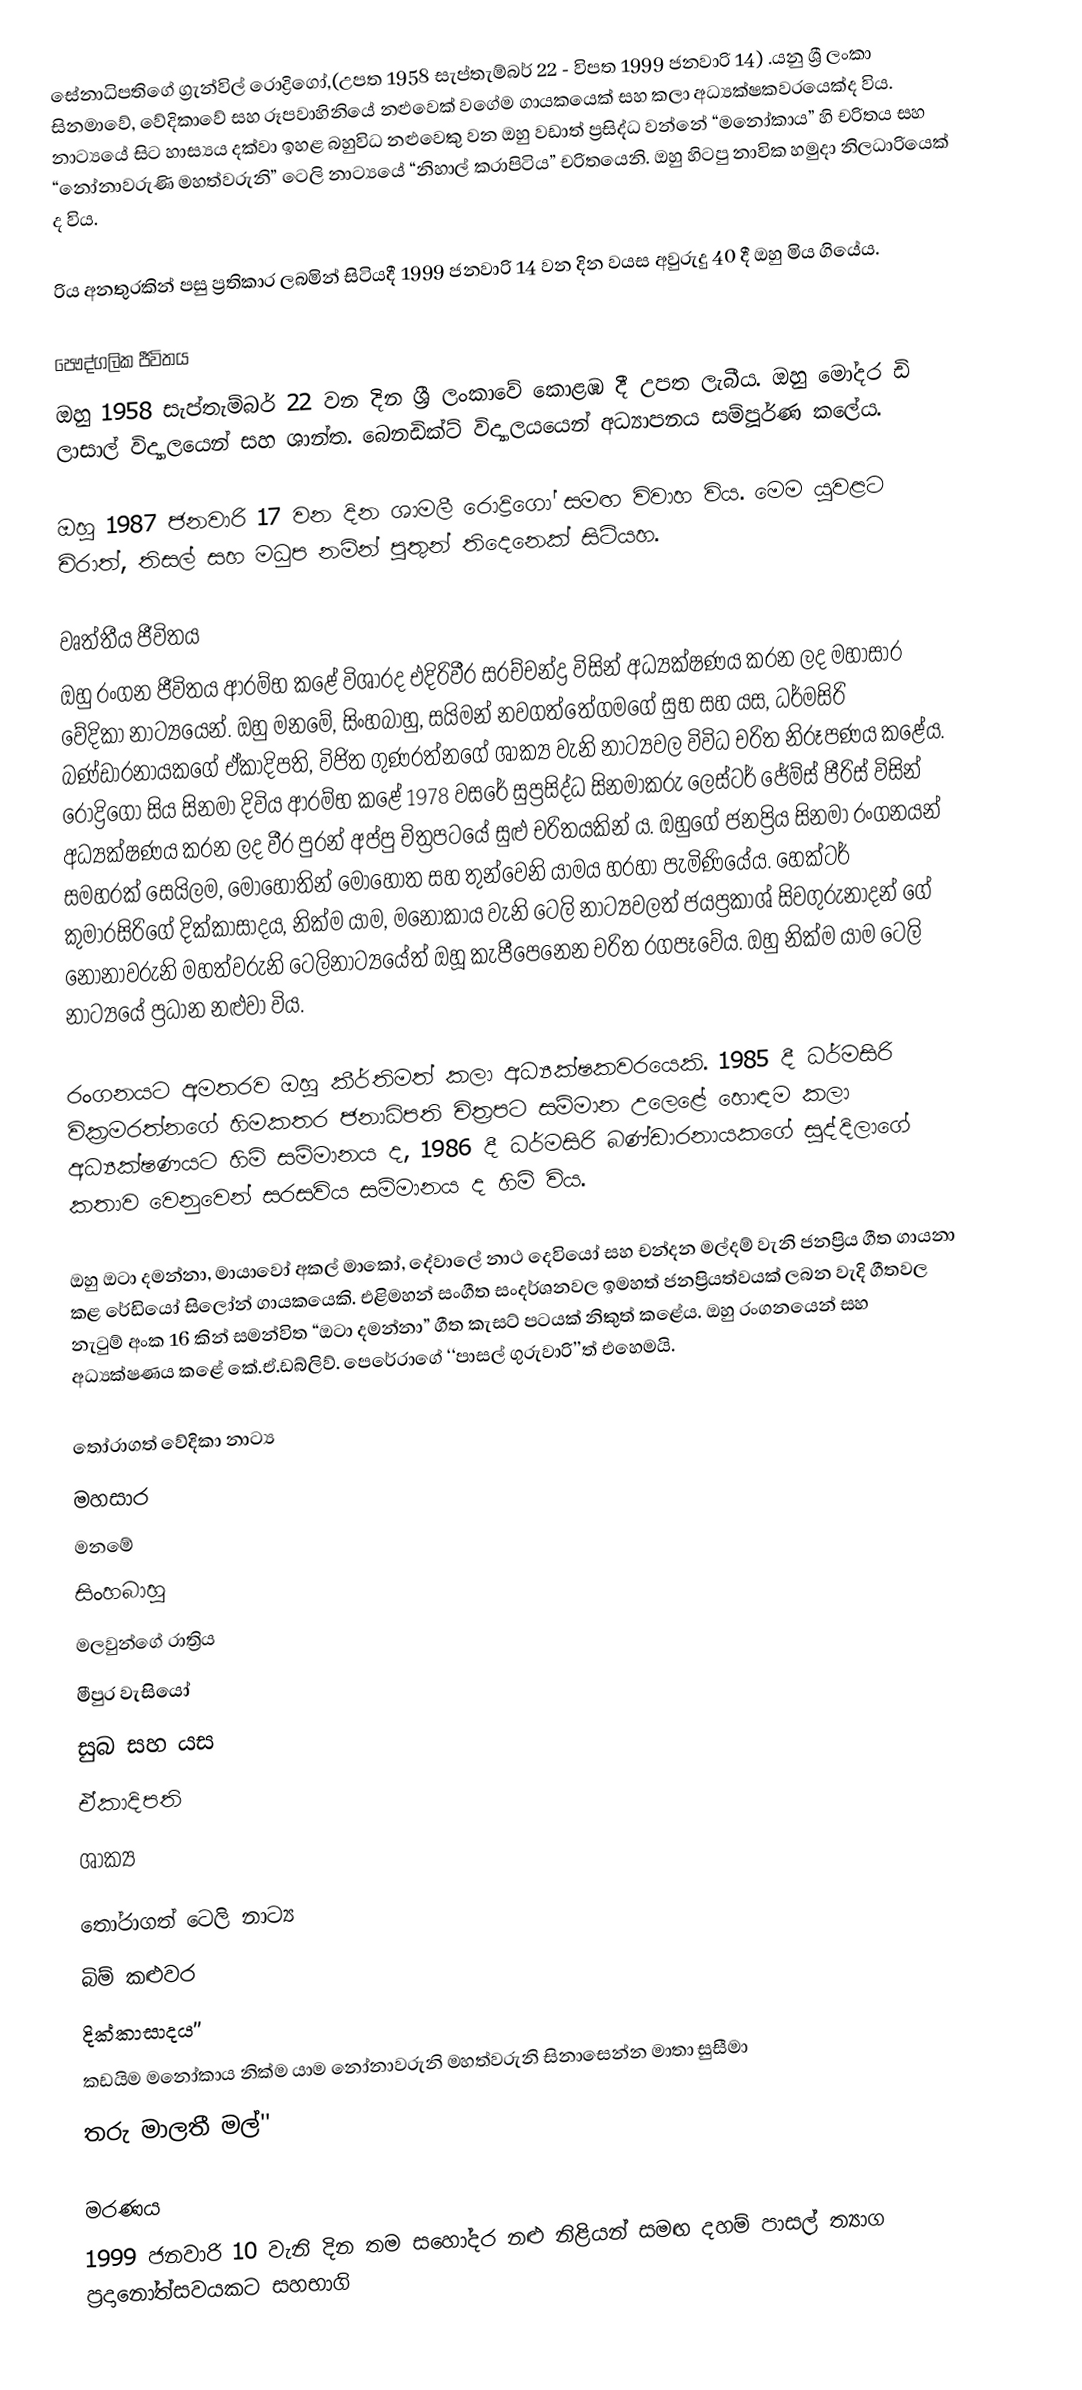
සේනාධිපතිගේ ග්‍රැන්විල් රොද්‍රිගෝ,(උපත 1958 සැප්තැම්බර් 22 - විපත 1999 ජනවාරි 14) .යනු ශ්‍රී ලංකා සිනමාවේ, වේදිකාවේ සහ රූපවාහිනියේ නළුවෙක් වගේම ගායකයෙක් සහ කලා අධ්‍යක්ෂකවරයෙක්ද විය. නාට්‍යයේ සිට හාස්‍යය දක්වා ඉහළ බහුවිධ නළුවෙකු වන ඔහු වඩාත් ප්‍රසිද්ධ වන්නේ “මනෝකාය” හි චරිතය සහ “නෝනාවරුණි මහත්වරුනි” ටෙලි නාට්‍යයේ “නිහාල් කරාපිටිය” චරිතයෙනි. ඔහු හිටපු නාවික හමුදා නිලධාරියෙක් ද විය.

රිය අනතුරකින් පසු ප්‍රතිකාර ලබමින් සිටියදී 1999 ජනවාරි 14 වන දින වයස අවුරුදු 40 දී ඔහු මිය ගියේය.

පෞද්ගලික ජීවිතය
ඔහු 1958 සැප්තැම්බර් 22 වන දින ශ්‍රී ලංකාවේ කොළඹ දී උපත ලැබීය. ඔහු මෝදර ඩි ලාසාල් විද්‍යාලයෙන් සහ ශාන්ත. බෙනඩික්ට් විද්‍යාලයයෙන් අධ්‍යාපනය සම්පූර්ණ කලේය.

ඔහු 1987 ජනවාරි 17 වන දින ශාමලී රොද්‍රිගෝ සමඟ විවාහ විය. මෙම යුවළට චිරාත්, තිසල් සහ මධුප නමින් පුතුන් තිදෙනෙක් සිටියහ.

වෘත්තීය ජීවිතය
ඔහු රංගන ජීවිතය ආරම්භ කළේ විශාරද එදිරිවීර සරච්චන්ද්‍ර විසින් අධ්‍යක්ෂණය කරන ලද මහාසාර වේදිකා නාට්‍යයෙන්. ඔහු මනමේ, සිංහබාහු, සයිමන් නවගත්තේගමගේ සුභ සහ යස, ධර්මසිරි බණ්ඩාරනායකගේ ඒකාදිපති, විජිත ගුණරත්නගේ ශාක්‍ය වැනි නාට්‍යවල විවිධ චරිත නිරූපණය කළේය. රොද්‍රිගෝ සිය සිනමා දිවිය ආරම්භ කළේ 1978 වසරේ සුප්‍රසිද්ධ සිනමාකරු ලෙස්ටර් ජේම්ස් පීරිස් විසින් අධ්‍යක්ෂණය කරන ලද වීර පුරන් අප්පු චිත්‍රපටයේ සුළු චරිතයකින් ය. ඔහුගේ ජනප්‍රිය සිනමා රංගනයන් සමහරක් සෙයිලම, මොහොතින් මොහොත සහ තුන්වෙනි යාමය හරහා පැමිණියේය. හෙක්ටර් කුමාරසිරිගේ දික්කාසාදය, නික්ම යාම, මනෝකාය වැනි ටෙලි නාට්‍යවලත් ජයප්‍රකාශ් සිවගුරුනාදන් ගේ නෝනාවරුනි මහත්වරුනි ටෙලිනාට්‍යයේත් ඔහූ කැපීපෙනෙන චරිත රගපෑවේය. ඔහු නික්ම යාම ටෙලි නාට්‍යයේ ප්‍රධාන නළුවා විය.

රංගනයට අමතරව ඔහු කීර්තිමත් කලා අධ්‍යක්ෂකවරයෙකි. 1985 දී ධර්මසිරි වික්‍රමරත්නගේ හිමකතර ජනාධිපති චිත්‍රපට සම්මාන උලෙළේ හොඳම කලා අධ්‍යක්ෂණයට හිමි සම්මානය ද, 1986 දී ධර්මසිරි බණ්ඩාරනායකගේ සුද්දිලාගේ කතාව වෙනුවෙන් සරසවිය සම්මානය ද හිමි විය.

ඔහු ඔටා දමන්නා, මායාවෝ අකල් මාකෝ, දේවාලේ නාථ දෙවියෝ සහ චන්දන මල්දම් වැනි ජනප්‍රිය ගීත ගායනා කළ රේඩියෝ සිලෝන් ගායකයෙකි. එළිමහන් සංගීත සංදර්ශනවල ඉමහත් ජනප්‍රියත්වයක් ලබන වැදි ගීතවල නැටුම් අංක 16 කින් සමන්විත “ඔටා දමන්නා” ගීත කැසට් පටයක් නිකුත් කළේය. ඔහු රංගනයෙන් සහ අධ්‍යක්ෂණය කළේ කේ.ඒ.ඩබ්ලිව්. පෙරේරාගේ ‘‘පාසල් ගුරුවාරි’’ත් එහෙමයි.

තෝරාගත් වේදිකා නාට්‍ය
 මහසාර
 මනමේ
 සිංහබාහු
 මලවුන්ගේ රාත්‍රිය
 මීපුර වැසියෝ
 සුබ සහ යස
 ඒකාදිපති
 ශාක්‍ය

තෝරාගත් ටෙලි නාට්‍ය
 බිම් කළුවර
 දික්කාසාදය’’
 කඩයිම මනෝකාය නික්ම යාම නෝනාවරුනි මහත්වරුනි සිනාසෙන්න මාතා සුසීමා
 තරු මාලතී මල්''

මරණය
1999 ජනවාරි 10 වැනි දින තම සහෝදර නළු නිළියන් සමඟ දහම් පාසල් ත්‍යාග ප්‍රදානෝත්සවයකට සහභාගි